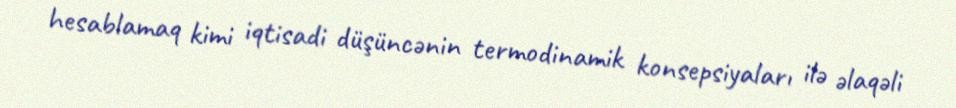
hesablamaq kimi iqtisadi düşüncənin termodinamik konsepsiyaları ilə əlaqəli